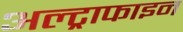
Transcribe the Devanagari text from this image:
अल्ट्राफाइन